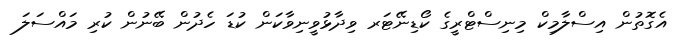
އެގޮތުން އިސްލާމިކް މިނިސްޓްރީގެ ކޯޑިނޭޓަރ ވިދާޅުވީނިވާކަން ކުޑަ ހެދުން ބޭނުން ކުރި މައްސަލަ